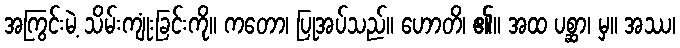
အကြွင်းမဲ့ သိမ်းကျုံးခြင်းကို။ ကတော၊ ပြုအပ်သည်။ ဟောတိ၊ ၏။ အထ ပစ္ဆာ၊ မှ။ အဿ၊